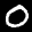
Label: 0